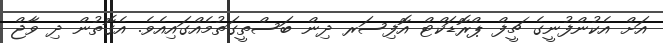
އަށް އެކުންފުނީގެ ޗީފް ޕްރޮޑަކްޓް އޮފިސަރ ދިން ބަސްތީގަތުމެއްގައިއެވެ. އެގޮތުން ދި ވާޖް